Indian journal of veterinary science and animal husbandry - Volumes 18-21, 1948-1951
Year: 1948
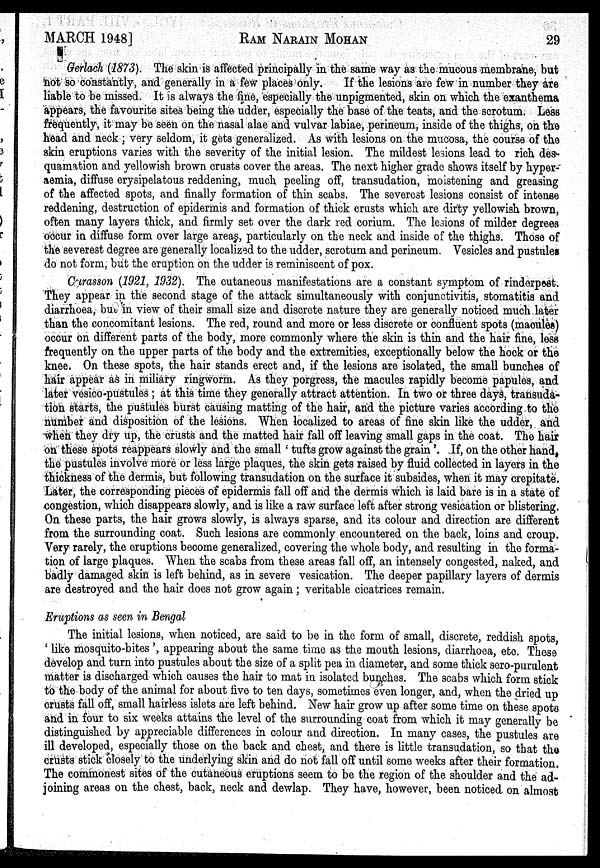
MARCH 1948] RAM NARAIN MOHAN 29
Gerlach (1873). The skin is affected principally in the same way as the mucous membrane, but
not so constantly, and generally in a few places only.
If the lesions are few in number they are
liable to be missed. It is always the fine, especially the unpigmented, skin on which the exanthema
appears, the favourite sites being the udder, especially the base of the teats, and the scrotum. Less
frequently, it may be seen on the nasal alae and vulvar labiae, perineum, inside of the thighs, on the
head and neck ; very seldom, it gets generalized. As with lesions on the mucosa, the course of the
skin eruptions varies with the severity of the initial lesion. The mildest lesions lead to rich des-
quamation and yellowish brown crusts cover the areas. The next higher grade shows itself by hyper-
aemia, diffuse erysipelatous reddening, much peeling off, transudation, moistening and greasing
of the affected spots, and finally formation of thin scabs. The severest lesions consist of intense
reddening, destruction of epidermis and formation of thick crusts which are dirty yellowish brown,
often many layers thick, and firmly set over the dark red corium. The lesions of milder degrees
occur in diffuse form over large areas, particularly on the neck and inside of the thighs. Those of
the severest degree are generally localized to the udder, scrotum and perineum. Vesicles and pustules
do not form, but the eruption on the udder is reminiscent of pox.
Carasson (1921, 1932). The cutaneous manifestations are a constant symptom of rinderpest.
They appear in the second stage of the attack simultaneously with conjunctivitis, stomatitis and
diarrhoea, but in view of their small size and discrete nature they are generally noticed much later
than the concomitant lesions. The red, round and more or less discrete or confluent spots (macules)
occur on different parts of the body, more commonly where the skin is thin and the hair fine, less
frequently on the upper parts of the body and the extremities, exceptionally below the hock or the
knee. On these spots, the hair stands erect and, if the lesions are isolated, the small bunches of
hair appear as in miliary ringworm. As they porgress, the macules rapidly become papules, and
later vesico-pustules ; at this time they generally attract attention. In two or three days, transuda-
tion starts, the pustules burst causing matting of the hair, and the picture varies according to the
number and disposition of the lesions. When localized to areas of fine skin like the udder, and
when they dry up, the crusts and the matted hair fall off leaving small gaps in the coat. The hair
on these spots reappears slowly and the small ' tufts grow against the grain '. If, on the other hand,
the pustules involve more or less large plaques, the skin gets raised by fluid collected in layers in the
thickness of the dermis, but following transudation on the surface it subsides, when it may crepitate.
Later, the corresponding pieces of epidermis fall off and the dermis which is laid bare is in a state of
congestion, which disappears slowly, and is like a raw surface left after strong vesication or blistering.
On these parts, the hair grows slowly, is always sparse, and its colour and direction are different
from the surrounding coat. Such lesions are commonly encountered on the back, loins and croup.
Very rarely, the eruptions become generalized, covering the whole body, and resulting in the forma-
tion of large plaques. When the scabs from these areas fall off, an intensely congested, naked, and
badly damaged skin is left behind, as in severe vesication. The deeper papillary layers of dermis
are destroyed and the hair does not grow again ; veritable cicatrices remain.
Eruptions as seen in Bengal
The initial lesions, when noticed, are said to be in the form of small, discrete, reddish spots,
' like mosquito-bites ', appearing about the same time as the mouth lesions, diarrhoea, etc. These
develop and turn into pustules about the size of a split pea in diameter, and some thick sero-purulent
matter is discharged which causes the hair to mat in isolated bunches. The scabs which form stick
to the body of the animal for about five to ten days, sometimes even longer, and, when the dried up
crusts fall off, small hairless islets are left behind. New hair grow up after some time on these spots
and in four to six weeks attains the level of the surrounding coat from which it may generally be
distinguished by appreciable differences in colour and direction. In many cases, the pustules are
ill developed, especially those on the back and chest, and there is little transudation, so that the
crusts stick closely to the underlying skin and do not fall off until some weeks after their formation
The commonest sites of the cutaneous eruptions seem to be the region of the shoulder and the ad-
joining areas on the chest, back, neck and dewlap. They have, however, been noticed on almost